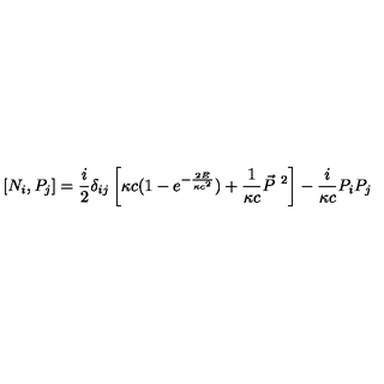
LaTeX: [ N _ { i } , P _ { j } ] = \frac { i } { 2 } \delta _ { i j } \left[ \kappa c ( 1 - e ^ { - \frac { 2 E } { \kappa c ^ { 2 } } } ) + \frac { 1 } { \kappa c } \vec { P } ^ { \ 2 } \right] - \frac { i } { \kappa c } P _ { i } P _ { j }